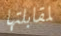
لمقابلتها